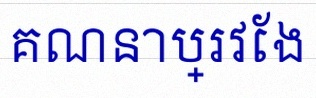
គណនាប្រវែង